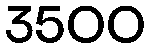
3500